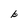
Character: b